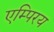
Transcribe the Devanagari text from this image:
एम्पिरय